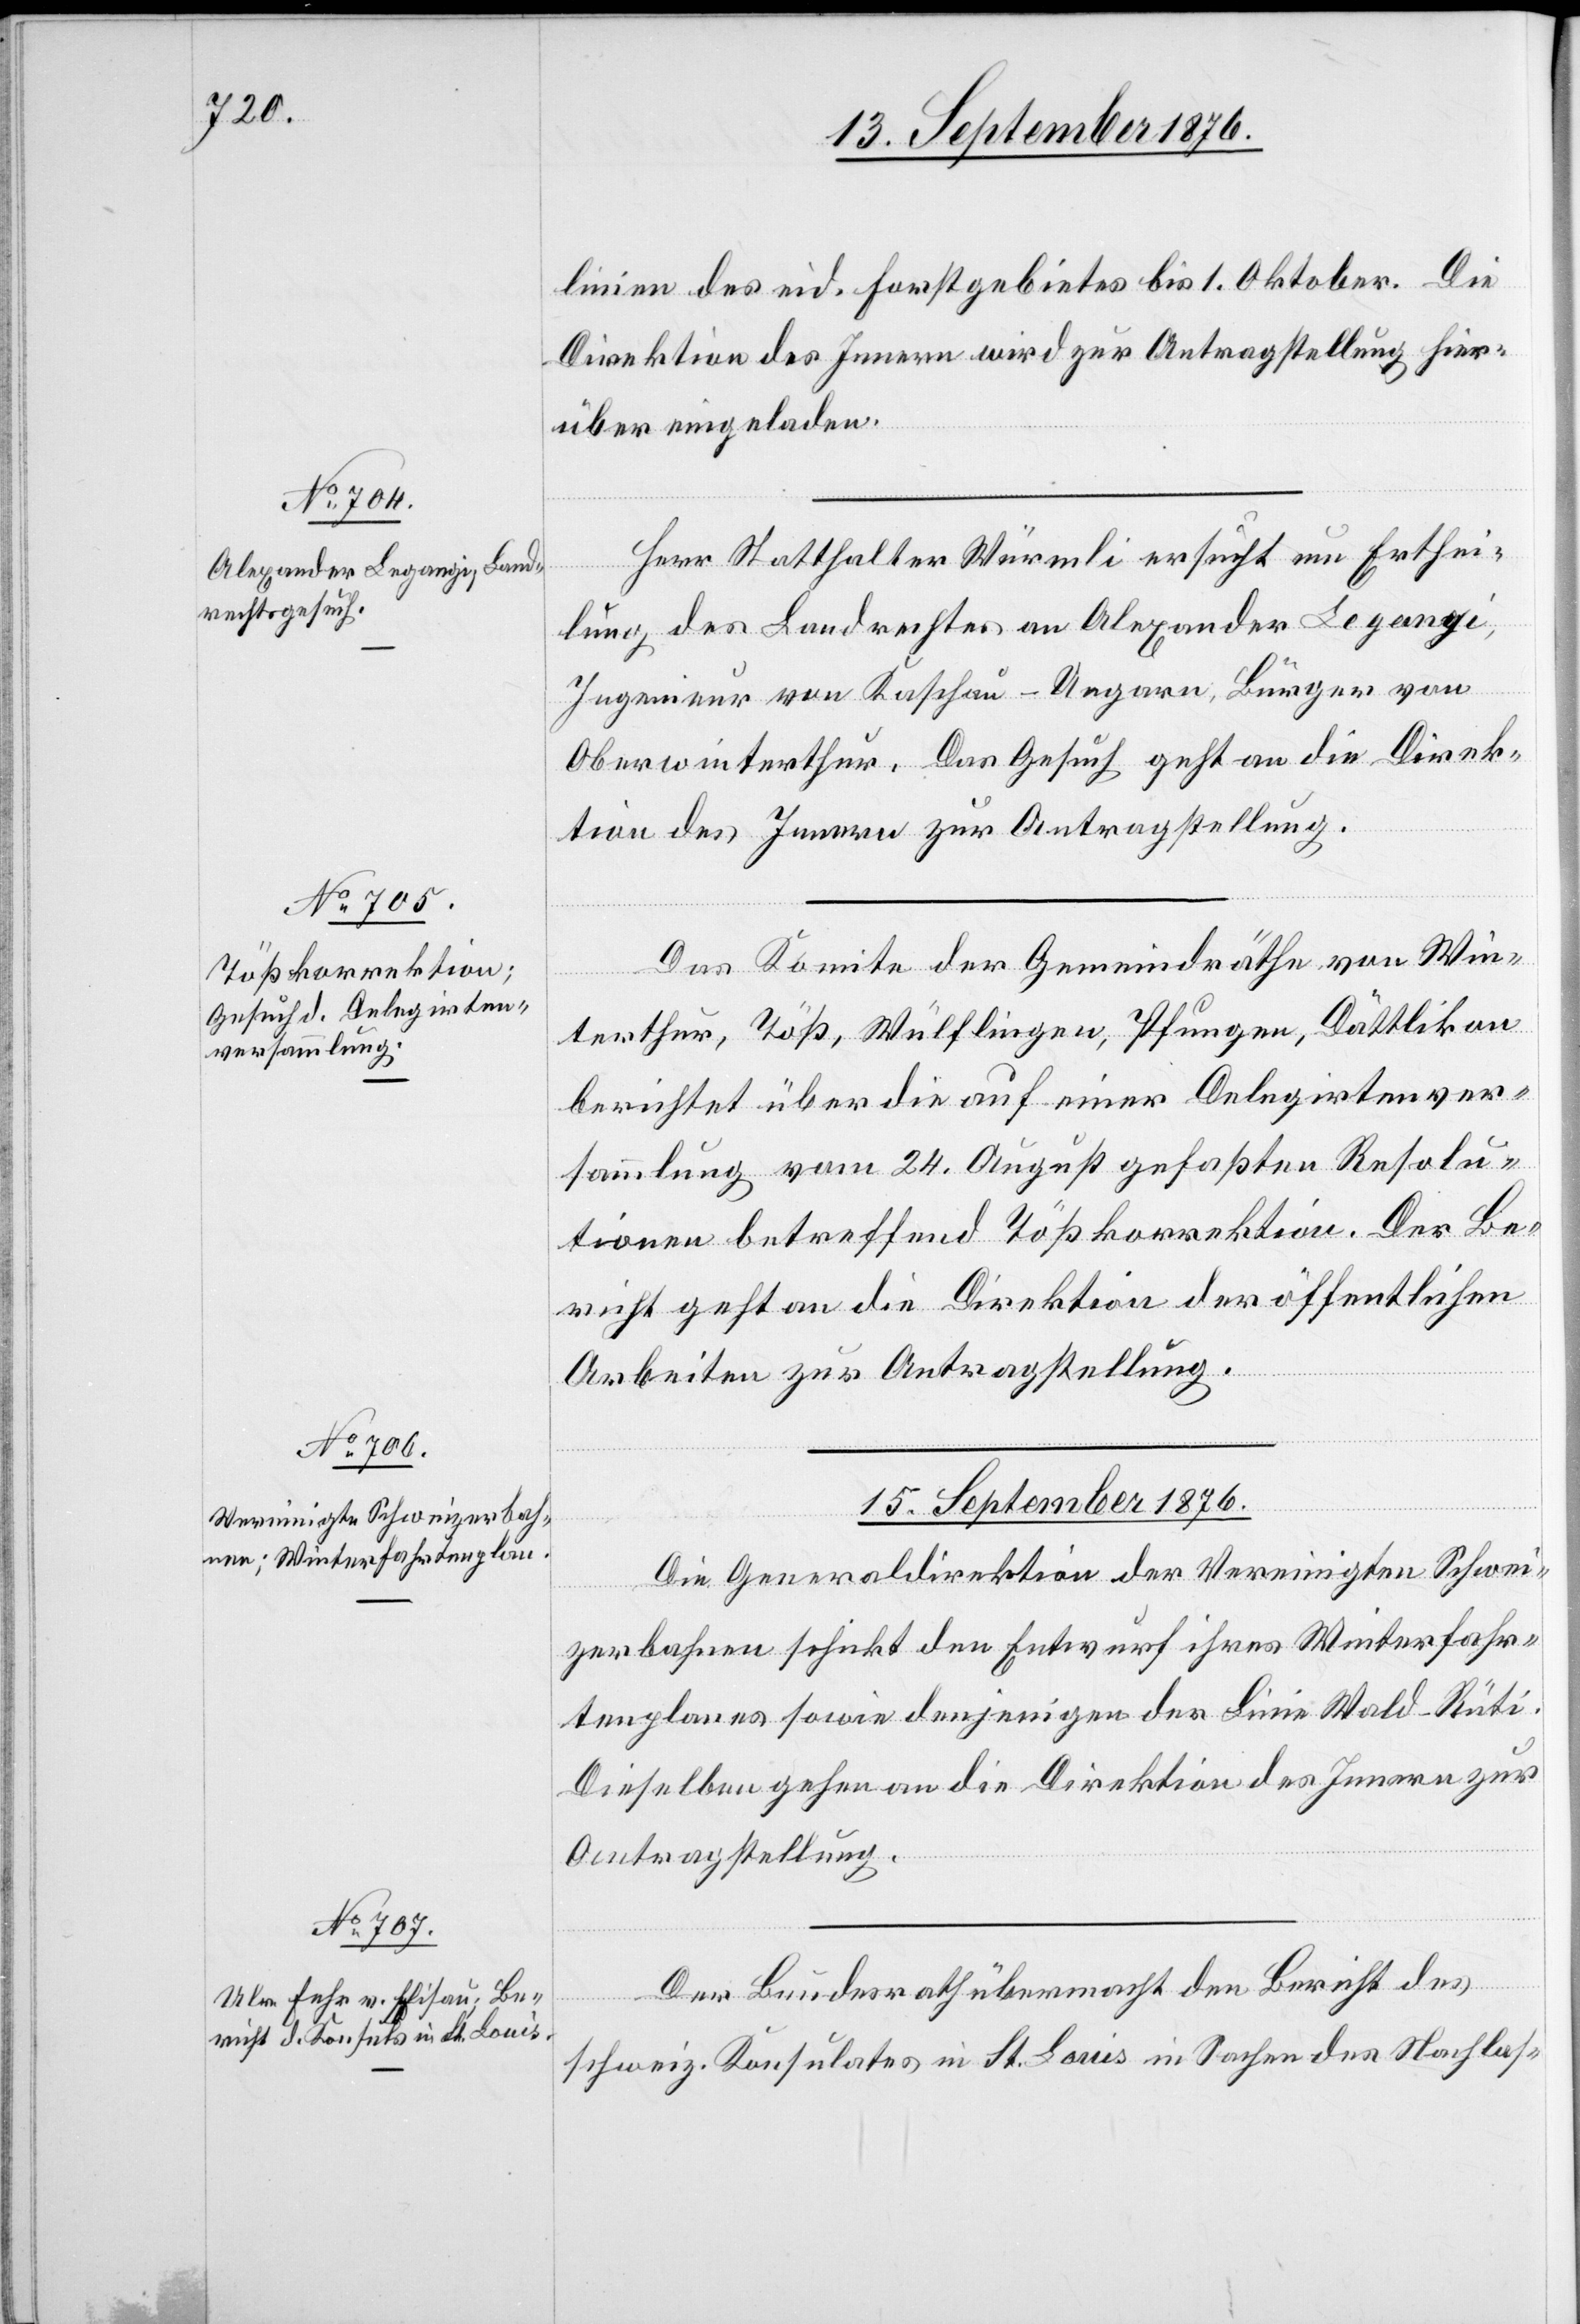
14. September 1876.]
linien des eid. Forstgebietes bis 1. Oktober. Die
Direktion des Innern wird zur Antragstellung hier¬
über eingeladen.
Herr Statthalter Würmli ersucht um Erthei¬
lung des Landrechtes an Alexander Legangi,
Ingenieur von Kaschau - Ungarn, Bürger von
Oberwinterthur. Das Gesuch geht an die Direk¬
tion des Innern zur Antragstellung.
Das Komitee der Gemeindräthe von Win¬
terthur, Töß, Wülflingen, Pfungen, Dättlikon
berichtet über die auf einer Delegirtenver¬
sammlung vom 24. August gefaßten Resolu¬
tionen betreffend Tößkorrektion. Der Be¬
richt geht an die Direktion der öffentlichen
Arbeiten zur Antragstellung.
15. September 1876.]
Die Generaldirektion der Vereinigten Schwei¬
zerbahnen schickt den Entwurf ihres Winterfahr¬
tenplanes sowie denjenigen der Linie Wald–Rüti.
Dieselben gehen an die Direktion des Innern zur
Antragstellung.
Der Bundesrath übermacht den Bericht des
schweiz. Konsulates in St. Louis in Sachen des Nachlas-